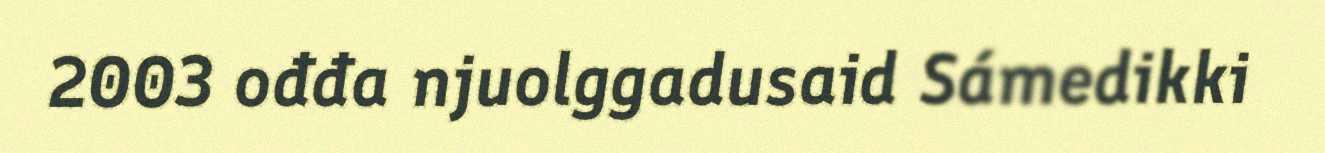
2003 ođđa njuolggadusaid Sámedikki